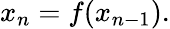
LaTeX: x_{n}=f(x_{n-1}).